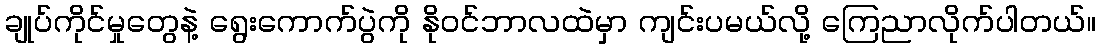
ချုပ်ကိုင်မှုတွေနဲ့ ရွေးကောက်ပွဲကို နိုဝင်ဘာလထဲမှာ ကျင်းပမယ်လို့ ကြေညာလိုက်ပါတယ်။